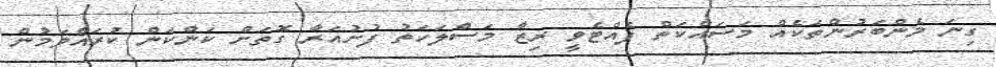
ގިނަ މެންބަރުންތަކެއް މަސައްކަތް ފެއްޓެވީ ރިޒާ މަސްލަހަތު ފުށުއަރާ ގޮތަށް ކަންކަން ކުރައްވަމުން